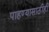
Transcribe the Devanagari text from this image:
पाहण्यासाठीही